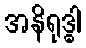
အနိရုဒ္ဓါ